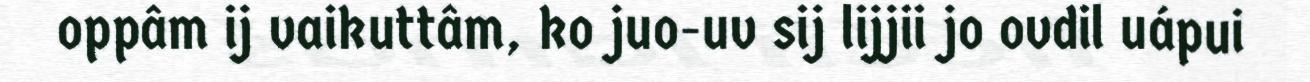
oppâm ij vaikuttâm, ko juo-uv sij lijjii jo ovdil uápui